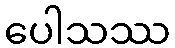
ပေါသဿ